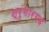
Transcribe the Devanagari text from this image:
श्रृंगारगढ़